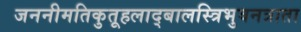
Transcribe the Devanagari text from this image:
जननीमतिकुतूहलाद्बालस्त्रिभुवनत्राता